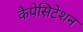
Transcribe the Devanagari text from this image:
कैपेसिटेशन